Training of teachers. Junior students, 1910
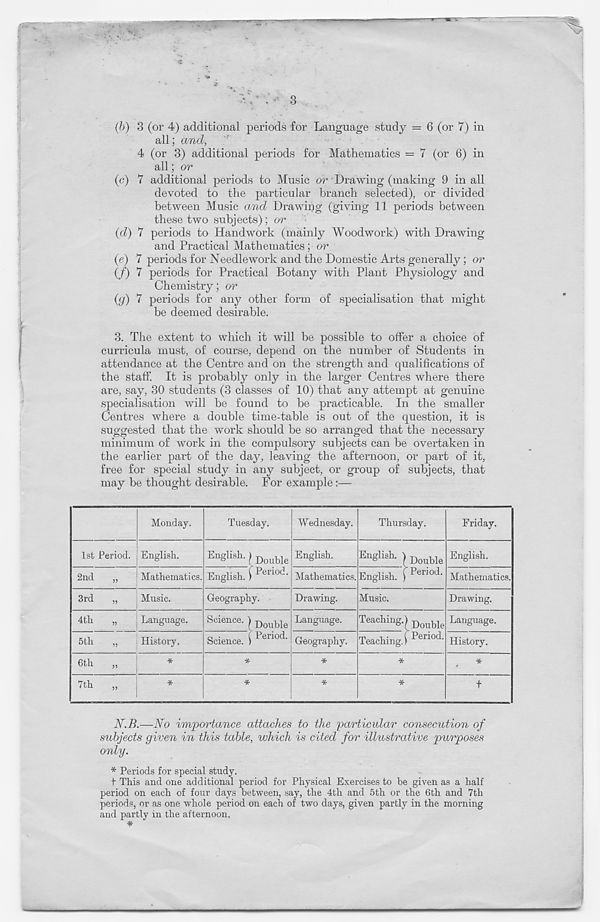
(h) 3 (or 4) additional periods for Language study = 6 (or 7) in
all; and,
4 (or 3) additional periods for Mathematics = 7 (or 6) in
all; or
(c) 7 additional periods to Music or Drawing (making 9 in all
devoted to the particular branch selected), or divided
between Music and Drawing (giving 11 periods between
these two subjects); or
(d) 7 periods to Handwork (mainly Woodwork) with Drawing
and Practical Mathematics ; or
(e) 7 periods for Needlework and the Domestic Arts generally; or
(/) 7 periods for Practical Botany with Plant Physiology and
Chemistry; or
(g) 7 periods for any other form of specialisation that might
be deemed desirable.
3. The extent to which it will be possible to offer a choice of
curricula must, of course, depend on the number of Students in
attendance at the Centre and on the strength and qualifications of
the staff. It is probably only in the larger Centres where there
are, say, 30 students (3 classes of 10) that any attempt at genuine
specialisation rvill be found to be practicable. In the smaller
Centres where a double time-table is out of the question, it is
suggested that the work should be so arranged that the necessary
minimum of work in the compulsory subjects can be overtaken in
the earlier part of the day, leaving the afternoon, or part of it,
free for special study in any subject, or group of subjects, that
may be thought desirable. For example:—
Monday.
Tuesday.
Wednesday.
Thursday.
Friday.
1st Period. English.
2nd
Mathematics.
En g Ush ' l Double
English. C Period -
English.
Mathematics.
Engiish, ) Double
English.") Period '
English.
Mathematics.
3rd
Music.
Geography.
Drawing.
Music.
Drawing.
4th
5 th
Language.
History.
Science. ( Double
Period.
Science.
Language.
Geography.
Teaching.) Double
Teaching, i Pei ' ' ’ od '
Language.
History.
6th
7th
W.7L—Wo importance attaches to the particular consecution of
subjects given in this table, which is cited for illustrative purposes
only.
* Periods for special study.
f This and one additional period for Physical Exercises to be given as a half
period on each of four days between, say, the 4th and 5th or the 6th and 7th
periods, or as one whole period on each of two days, given partly in the morning
and partly in the afternoon.